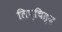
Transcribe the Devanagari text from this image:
लिप्चित्ज़